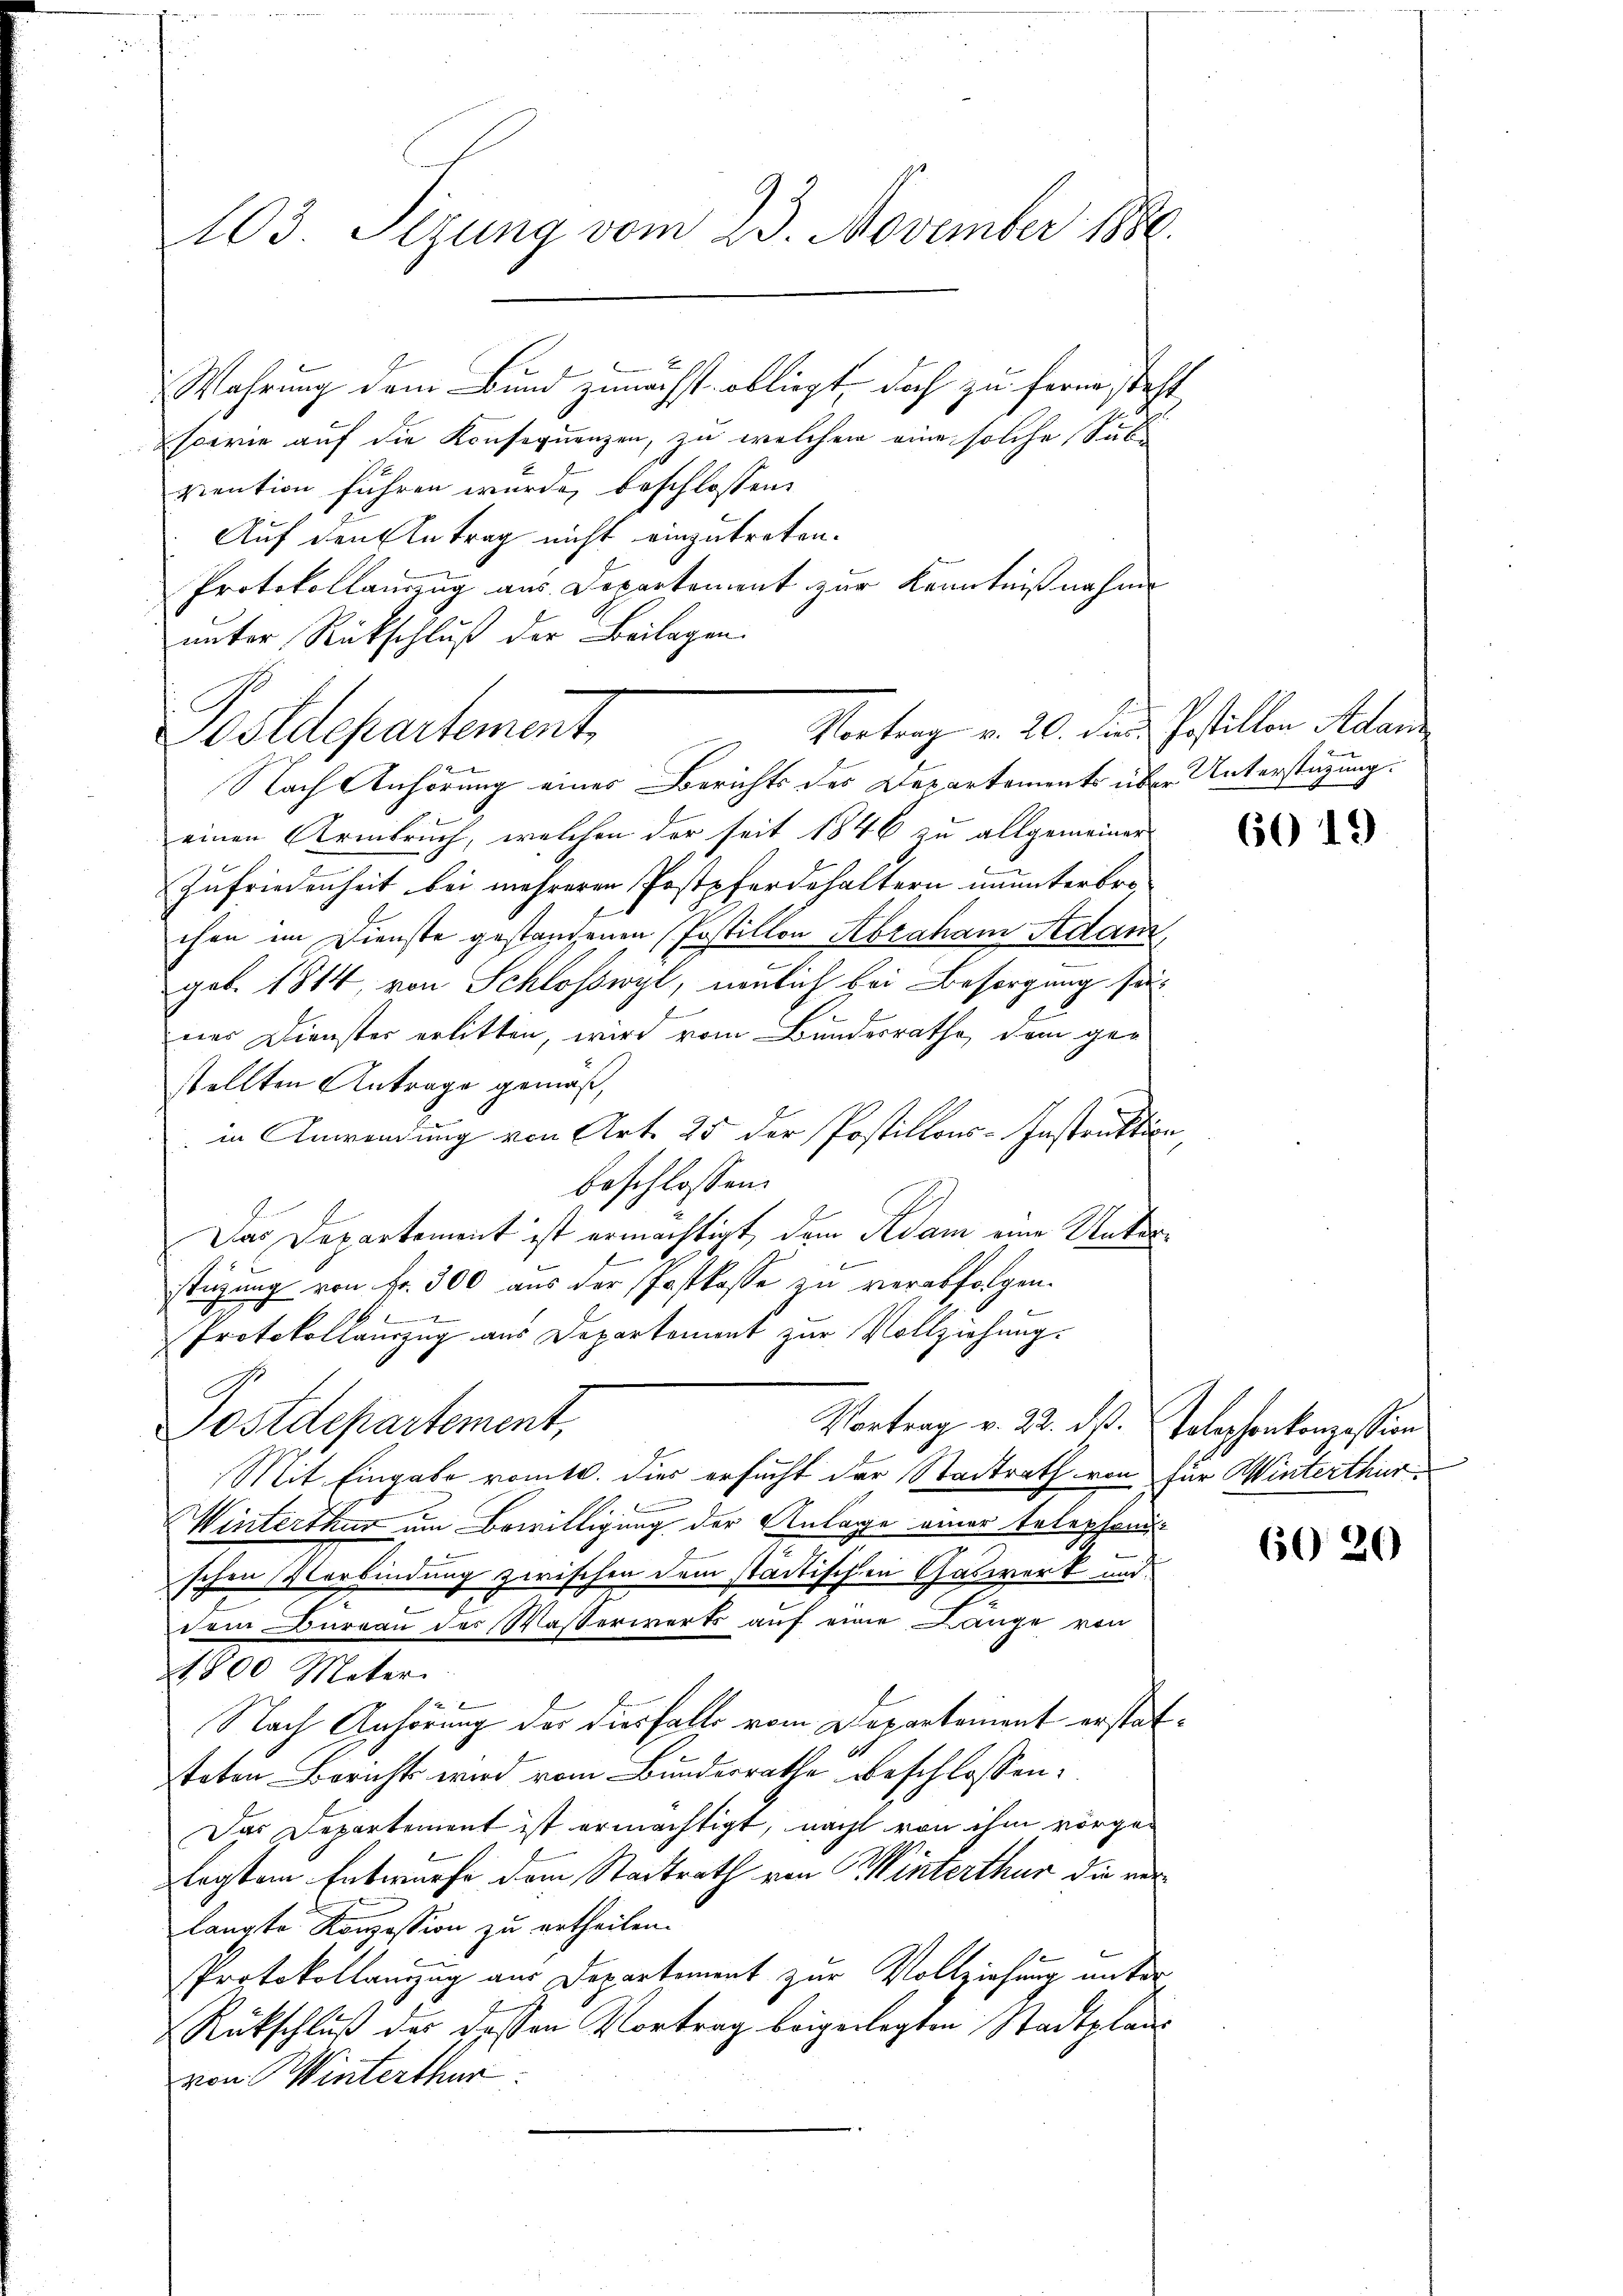
103. Sizung vom 23. November 1886.

sowie auf die Konsequenzen, zu welchem eine solche Subviention führen wurde, beschlossen:
Auf den Antrag nicht einzutreten.
Protokollauszug aus Departement zur Kenntnißnahme
unter Rückschluß der Beilagen.
Postdepartement
2
Nach Anhörung eines Berichts des Departements über Unterstüzung.
einen Armbruch, welchen der seit 1846 zu allgemeiner
Zufriedenheit bei mehreren Postpferdehaltern ununterbrechen im Dienste gestandenen Postillon Abraham Adanz
geb. 1814, von Schloßwyl, neulich bei Besorgung seiner Dienster erlitten, wird vom Bundesrathe, dem gestellten Antrage gemäß,
in Anwendung von Art. 25 der Postillons-Instruktion,
beschlossen:
Das Departement ist ermächtigt, dem Adam eine Unter¬
B
stüzung von Fr. 300 aus der Postkasse zu verabfolgen.
Protokollauszug aus Departement zur Vollziehung.
Postdepartement,
Vortrag v. 22. ds. Telephonkonzession
Mit Eingabe romtl. die ersucht der Stadtrath von für Winterthur
f
.
Winterthur um Bewilligung der Anlage einer telephoni
schen Verbindung zwischen dem städtischen Gaswerk und
u
dem Aarau des Wasserwerts auf eine Lange von
1800 Meter.
Nach Anhörung der diesfalls vom Departement erstatsteten Bericht wird vom Bundesrathe beschlossen:
Das Departement ist ermächtigt, nacht von ihm vorgeplagtem Entwurfe dem Stadtrath von Winterthur die verlangte Konzession zu ertheilen.
Protokollanzzug aus Departement zur Vollziehung unter
Rückschluß der dessen Vortrag beigeregten Stadtplan
von Winterthur

Wahrung dem Bund zunächst obliegt doch zu ferne steht

Vortrag v. 20. die Postillen Adam

6019

60 20